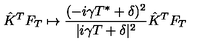
\hat { K } ^ { T } F _ { T } \mapsto \frac { ( - i \gamma T ^ { * } + \delta ) ^ { 2 } } { | i \gamma T + \delta | ^ { 2 } } \hat { K } ^ { T } F _ { T }